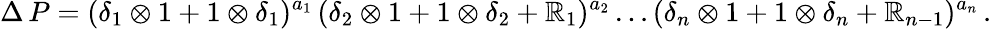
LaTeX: \Delta\, P=(\delta_{1}\otimes1+1\otimes\delta_{1})^{a_{1}}\, (\delta_{2}\otimes1+1\otimes\delta_{2}+\mathbb{R}_{1})^{a_{2}}\ldots(\delta_{n}\otimes1+1\otimes\delta_{n}+\mathbb{R}_{n-1})^{a_{n}}\, .